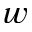
w